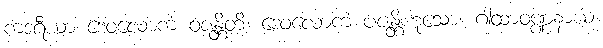
ကဒရီယာ ဒေဝလောကံ ဝဇန္တိတိ၊ ဒေဝလောကံ ပဇန္တိဟူသော။ ဂါထာဝဏ္ဏနာယ၊